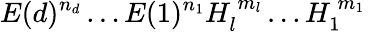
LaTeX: E(d)^{n_{d}}\dots E(1)^{n_{1}}H_{l}^{\ m_{l}}\dots H_{1}^{\ m_{1}}\,